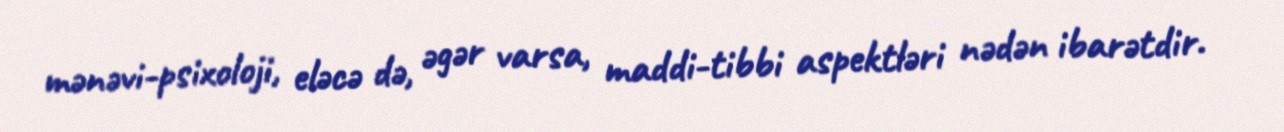
mənəvi-psixoloji, eləcə də, əgər varsa, maddi-tibbi aspektləri nədən ibarətdir.